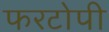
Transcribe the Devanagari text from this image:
फरटोपी